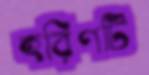
হরিণটি